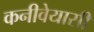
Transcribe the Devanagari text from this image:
कनीवेयासी